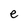
Character: e